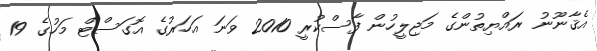
އެޤާނޫނު ރައްޔިތުންގެ މަޖިލީހުން ފާސްކުރީ 2010 ވަނަ އަހަރުގެ އޮގަސްޓް މަހުގެ 19